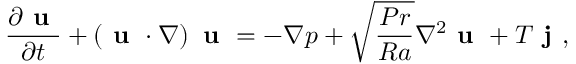
\frac { \partial \textbf { u } } { \partial t } + \left( \textbf { u } \cdot \nabla \right) \textbf { u } = - \nabla p + \sqrt { \frac { P r } { R a } } \nabla ^ { 2 } \textbf { u } + T \textbf { j } ,